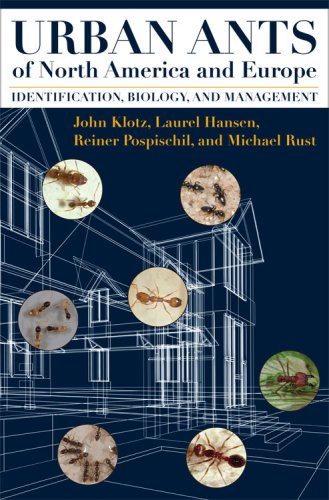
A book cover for Urban Ants of North America and Europe: Identification, Biology, and Management; John Klotz; Science & Math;